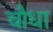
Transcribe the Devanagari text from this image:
चौधा